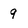
Character: 9